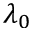
\lambda _ { 0 }